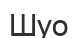
Шуо